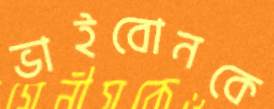
ভাইবোনকে